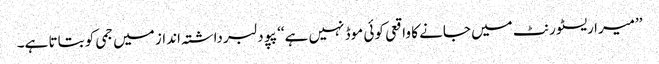
’’میرا ریسٹورنٹ میں جانے کا واقعی کوئی موڈ نہیں ہے‘‘ پپو دلبرداشتہ انداز میں جمی کو بتاتا ہے۔